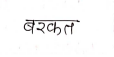
मजकूर: बरकत